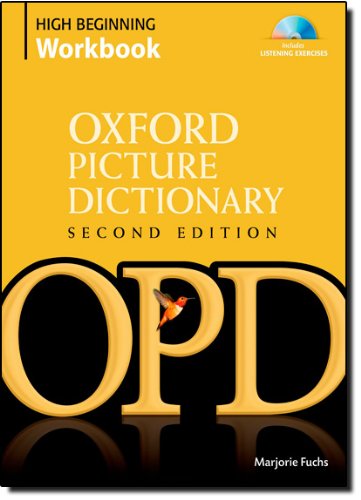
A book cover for Oxford Picture Dictionary High Beginning Workbook: Vocabulary reinforcement activity book with 4 audio CDs (Oxford Picture Dictionary 2E); Marjorie Fuchs; Reference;